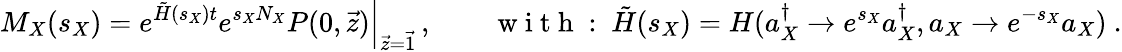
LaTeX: M_{X}(s_{X})=\left.e^{\tilde{H}(s_{X})t}e^{s_{X}N_{X}}P(0,\vec{z})\right|_{\vec{z}=\vec{1}}\, ,\qquad\mathrm{~w~i~t~h~:~}\tilde{H}(s_{X})=H(a_{X}^{\dagger}\to e^{s_{X}}a_{X}^{\dagger},a_{X}\to e^{-s_{X}}a_{X})~.